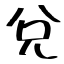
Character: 兌